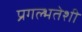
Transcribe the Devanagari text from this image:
प्रगल्भतेशी